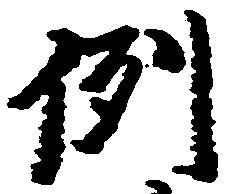
例